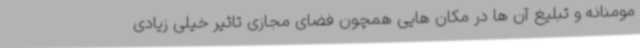
مومنانه و تبلیغ آن ها در مکان هایی همچون فضای مجازی تاثیر خیلی زیادی